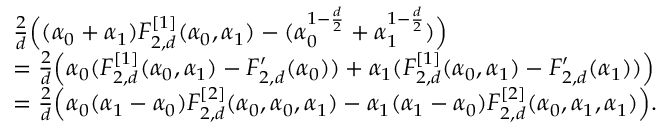
\begin{array} { r l } & { \frac { 2 } { d } \Big ( ( \alpha _ { 0 } + \alpha _ { 1 } ) F _ { 2 , d } ^ { [ 1 ] } ( \alpha _ { 0 } , \alpha _ { 1 } ) - ( \alpha _ { 0 } ^ { 1 - \frac { d } { 2 } } + \alpha _ { 1 } ^ { 1 - \frac { d } { 2 } } ) \Big ) } \\ & { = \frac { 2 } { d } \Big ( \alpha _ { 0 } ( F _ { 2 , d } ^ { [ 1 ] } ( \alpha _ { 0 } , \alpha _ { 1 } ) - F _ { 2 , d } ^ { \prime } ( \alpha _ { 0 } ) ) + \alpha _ { 1 } ( F _ { 2 , d } ^ { [ 1 ] } ( \alpha _ { 0 } , \alpha _ { 1 } ) - F _ { 2 , d } ^ { \prime } ( \alpha _ { 1 } ) ) \Big ) } \\ & { = \frac 2 d \Big ( \alpha _ { 0 } ( \alpha _ { 1 } - \alpha _ { 0 } ) F _ { 2 , d } ^ { [ 2 ] } ( \alpha _ { 0 } , \alpha _ { 0 } , \alpha _ { 1 } ) - \alpha _ { 1 } ( \alpha _ { 1 } - \alpha _ { 0 } ) F _ { 2 , d } ^ { [ 2 ] } ( \alpha _ { 0 } , \alpha _ { 1 } , \alpha _ { 1 } ) \Big ) . } \end{array}